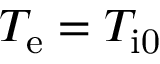
T _ { \mathrm { e } } = T _ { \mathrm { i 0 } }